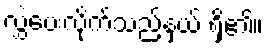
လွှဲပေးလိုက်သည့်နှယ် ရှိ၏။